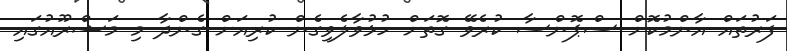
ފަރުތައް އާންމުކޮށް ސްޕޮންސާ ކުރެވޭ ގޮތަށް ހުޅުވާލެވިގެން ކުރިއަށް ގެންދާ މި މަޝްރޫއުގައި